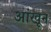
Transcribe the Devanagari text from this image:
आंखून